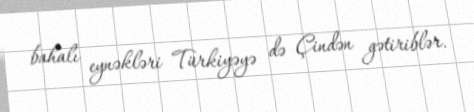
bahalı eynəkləri Türkiyəyə də Çindən gətiriblər.